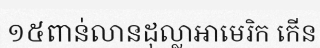
១៥ពាន់លានដុល្លាអាមេរិក កើន